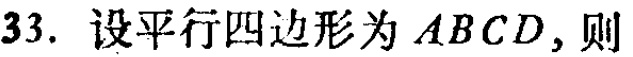
33. 设平行四边形为 \(ABCD\)，则